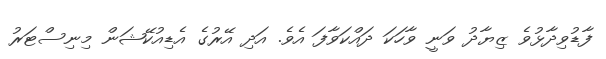
ފާޑުވިދާޅުވެ ޒިޔާދު ވަނީ ވާހަކަ ދައްކަވާފަ އެެވެ. އަދި އޭރުގެ އެޑިއުކޭޝަން މިނިސްޓަރު